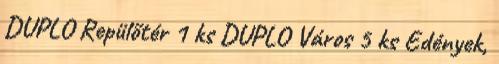
DUPLO Repülőtér 1 ks DUPLO Város 5 ks Edények,